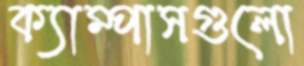
ক্যাম্পাসগুলো